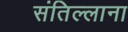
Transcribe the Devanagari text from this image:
संतिल्लाना